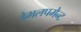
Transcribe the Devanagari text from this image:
डेभलपमेन्ट